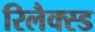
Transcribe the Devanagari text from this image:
रिलैक्स्ड